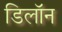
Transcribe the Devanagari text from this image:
डिलॉन